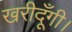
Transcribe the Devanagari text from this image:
खरीदूँगी।